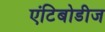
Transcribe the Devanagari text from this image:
एंटिबोडीज